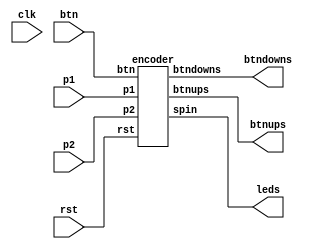
module fpga_top (
    input clk,
    input p1, 
    input p2,
    input btn,
    input rst,
    output reg [7:0] leds,
    output reg [7:0] btndowns,
    output reg [7:0] btnups
);
    wire [7:0] ledtmp;
    wire [7:0] downtmp;
    wire [7:0] uptmp;
    encoder jerry (.p1(p1), .p2(p2), .btn(btn), .rst(rst), .spin(ledtmp), .btndowns(downtmp), .btnups(uptmp));
    always @ * begin
        leds = ledtmp;
        btndowns = downtmp;
        btnups = uptmp;
    end
endmodule

module encoder (
    input p1, 
    input p2, 
    input btn, 
    input rst,
    output reg[7:0] spin,
    output reg[7:0] btndowns,
    output reg[7:0] btnups
);
    reg [1:0] prevstate;
    always @ * begin
        if (prevstate != {p1,p2}) begin
            case (prevstate)
                2'b00 : spin = spin + (2'b01 == {p1,p2}) ? 1 : -1;
                2'b01 : spin = spin + (2'b11 == {p1,p2}) ? 1 : -1;
                2'b11 : spin = spin + (2'b10 == {p1,p2}) ? 1 : -1;
                2'b10 : spin = spin + (2'b00 == {p1,p2}) ? 1 : -1;
            endcase
            prevstate = {p1,p2};
        end
    end
    reg prevbtn;
    always @ * begin
        if(btn != prevbtn) begin
            case (btn)
                1: btndowns = btndowns + 1;
                0: btnups = btnups + 1;
            endcase 
        end
    end
endmodule